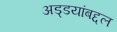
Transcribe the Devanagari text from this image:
अड्डयांबद्दल